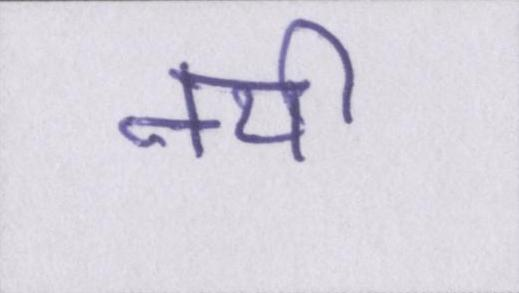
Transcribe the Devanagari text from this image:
नयी